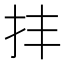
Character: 𢪋